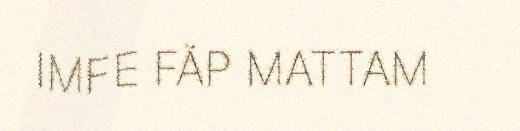
IMFE FÄP MATTAM